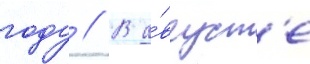
году // В а́вгуст'е